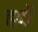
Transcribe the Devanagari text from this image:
ह्रदों